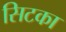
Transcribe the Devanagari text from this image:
सिटका